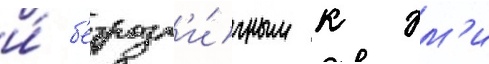
и́ б'езразл'и́чным к эм'и